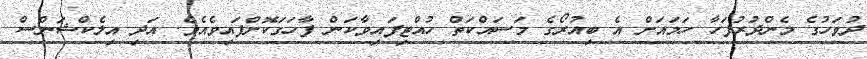
ދުވަހުގެ މެންދުރުފަހާ ހަމައަށް އެ ބިއުރޯގެ މަސައްކަތް ހުއްޓިފައިވާކަން ފާހަގަކޮށްފައިވެއެވެ. އަދި އިލެކްޝަންސް